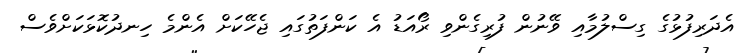
އެދަރިފުޅުގެ ގިސްލުމާއި ވޭނުން ފުރިގެންވި ރޯއަޑު އެ ކަންފަތުގައި ޖެހޭކަށް އެންމެ ހިނދުކޮޅަކަށްވެސް